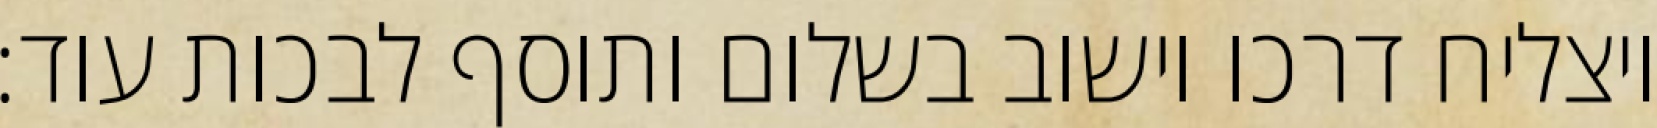
ויצליח דרכו וישוב בשלום ותוסף לבכות עוד: